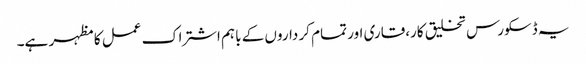
یہ ڈسکورس تخلیق کار،قاری اور تمام کر داروں کے باہم اشتراک عمل کا مظہر ہے۔